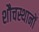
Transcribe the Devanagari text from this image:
शौचस्थानों